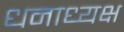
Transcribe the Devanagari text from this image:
धनाध्यक्ष